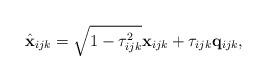
LaTeX: \begin{align*}\hat{\mathbf{x}}_{ijk} = \sqrt{1-\tau_{ijk}^2} \mathbf{x}_{ijk} + \tau_{ijk} \mathbf{q}_{ijk},\end{align*}